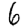
Digit: 6